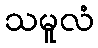
သမူလံ